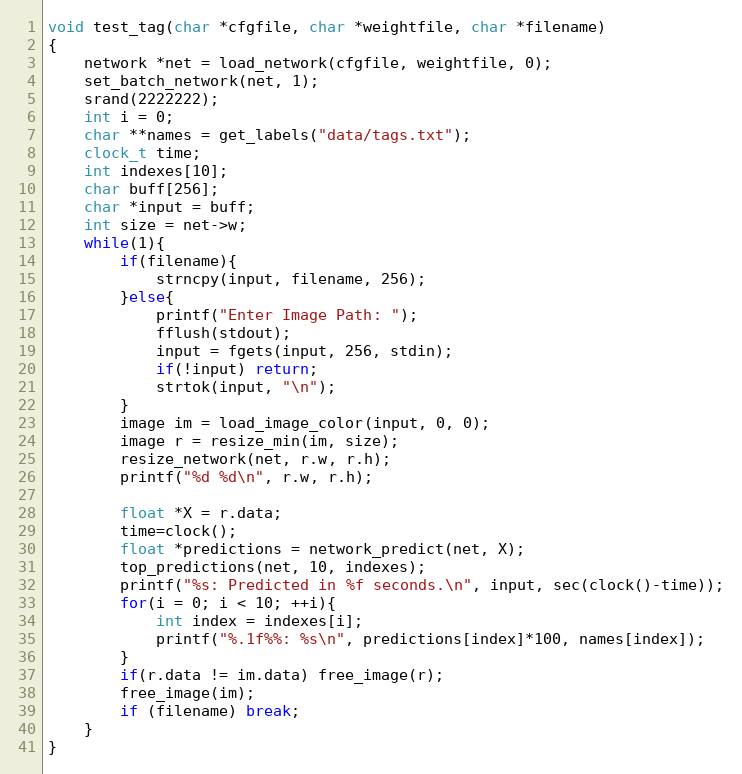
Language: C
void test_tag(char *cfgfile, char *weightfile, char *filename)
{
    network *net = load_network(cfgfile, weightfile, 0);
    set_batch_network(net, 1);
    srand(2222222);
    int i = 0;
    char **names = get_labels("data/tags.txt");
    clock_t time;
    int indexes[10];
    char buff[256];
    char *input = buff;
    int size = net->w;
    while(1){
        if(filename){
            strncpy(input, filename, 256);
        }else{
            printf("Enter Image Path: ");
            fflush(stdout);
            input = fgets(input, 256, stdin);
            if(!input) return;
            strtok(input, "\n");
        }
        image im = load_image_color(input, 0, 0);
        image r = resize_min(im, size);
        resize_network(net, r.w, r.h);
        printf("%d %d\n", r.w, r.h);

        float *X = r.data;
        time=clock();
        float *predictions = network_predict(net, X);
        top_predictions(net, 10, indexes);
        printf("%s: Predicted in %f seconds.\n", input, sec(clock()-time));
        for(i = 0; i < 10; ++i){
            int index = indexes[i];
            printf("%.1f%%: %s\n", predictions[index]*100, names[index]);
        }
        if(r.data != im.data) free_image(r);
        free_image(im);
        if (filename) break;
    }
}